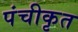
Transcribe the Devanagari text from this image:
पंचीकृत